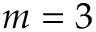
m = 3